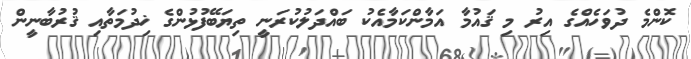
ކޮންމެ ދުވަހެއްގެ އިރު މި ޤައުމާ އަމާންކަމާއެކު ބައްދަލުކުރަނީ ތިޔަބޭފުޅުންގެ ޚިދުމަތާއި ޤުރުބާނީން